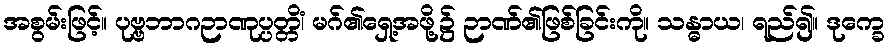
အစွမ်းဖြင့်။ ပုဗ္ဗဘာဂဉာဏုပ္ပတ္တိံ၊ မဂ်၏ရှေ့အဖို့၌ ဉာဏ်၏ဖြစ်ခြင်းကို။ သန္ဓာယ၊ ရည်၍။ ဒုက္ခေ